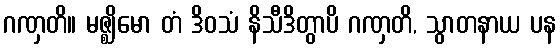
ဂဏှတိ။ မဇ္ဈိမော တံ ဒိဝသံ နိသီဒိတွာပိ ဂဏှတိ, သွာတနာယ ပန